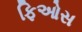
ફિઓસ